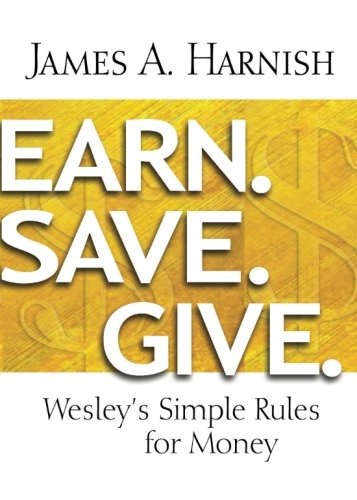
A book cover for Earn. Save. Give.: Wesley's Simple Rules for Money; James A. Harnish; Christian Books & Bibles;